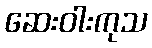
ဆေးဝါးကုသ